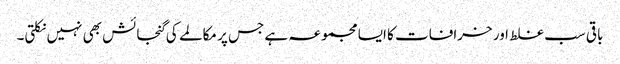
باقی سب غلط اور خرافات کا ایسا مجموعہ ہے جس پر مکالمے کی گنجائش بھی نہیں نکلتی۔